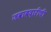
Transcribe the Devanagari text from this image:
जवाबदारीची